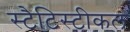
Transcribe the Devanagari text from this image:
स्टैटिस्टीकल